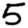
Digit: 5